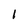
Character: l